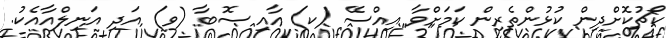
ކޯޗުކޮށްދިން ކުޅުންތެރިން ކަމަށްވާ އިއްސޭ (ކ) އާއި ސޮބާ (ވ) އަދި އަނިލްއާއެކު.